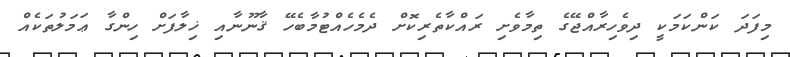
މިފަދަ ކަންކަމަކީ ދިވެހިރާއްޖޭގެ ތިމާވެށި ރައްކާތެރިކޮށް ދެމެހެއްޓުމާބެހޭ ޤާނޫނާއި ޚިލާފަށް ހިންގާ ޢަމަލުތަކެއް